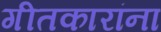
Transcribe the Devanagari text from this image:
गीतकारांना